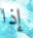
إذا